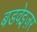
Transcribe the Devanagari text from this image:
बडवेइज़र